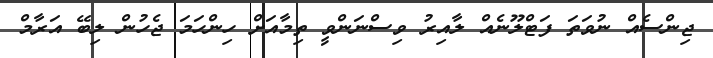
ޖިންސެއް ނުވަތަ ފަޓްލޫނެއް ލާއިރު ވިސްނަންވީ ތިމާއަށް ހިންހަމަ ޖެހުން ލިބޭ އަރާމް